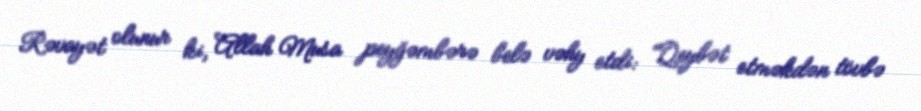
Rəvayət olunur ki, Allah Musa peyğəmbərə belə vəhy etdi: "Qeybət etməkdən tövbə